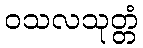
ဝသလသုတ္တံ